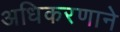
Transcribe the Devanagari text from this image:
अधिकरणाने